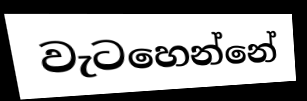
වැටහෙන්නේ